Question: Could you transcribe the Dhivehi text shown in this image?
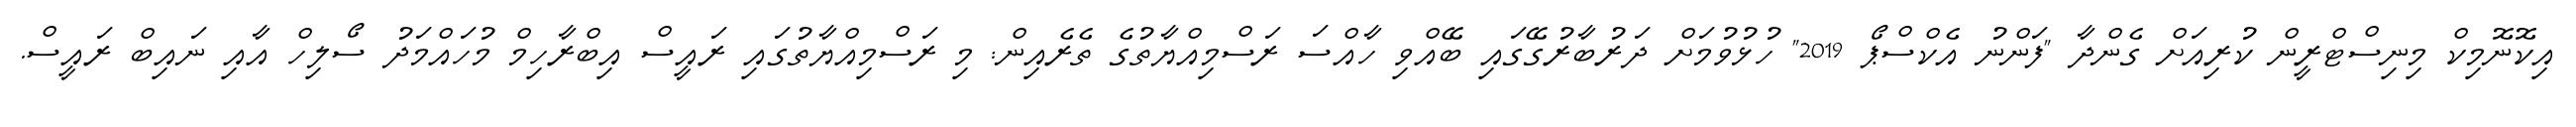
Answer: އިކޮނޮމިކް މިނިސްޓްރީން ކުރިއަށް ގެންދާ "ފަންނު އެކްސްޕޯ 2019" ހުޅުވުމަށް ދަރުބާރުގޭގައި ބޭއްވި ހާއްސަ ރަސްމިއްޔާތުގެ ތެރެއިން: މި ރަސްމިއްޔާތުގައި ރައީސް އިބްރާހިމް މުހައްމަދު ސޯލިހް އާއި ނައިބް ރައީސް.